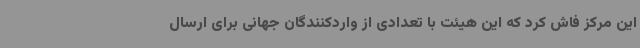
این مرکز فاش کرد که این هیئت با تعدادی از واردکنندگان جهانی برای ارسال